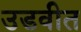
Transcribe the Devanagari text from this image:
उडवीत